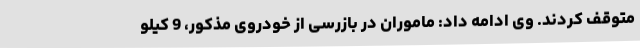
متوقف کردند. وی ادامه داد: ماموران در بازرسی از خودروی مذکور، 9 کیلو